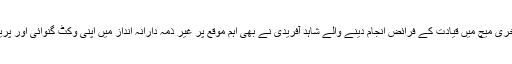
اگر مصباح الحق پہلے دو میچز میں رنز نہ کرسکے تو آخری میچ میں قیادت کے فرائض انجام دینے والے شاہد آفریدی نے بھی اہم موقع پر غیر ذمہ دارانہ انداز میں اپنی وکٹ گنوائی اور پریس کانفرنس میں انہوں نے اپنی غلطی کا اعتراف بھی کیا۔